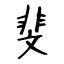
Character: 斐